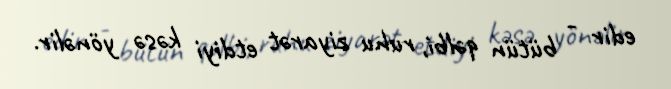
edir - bütün qəlbi, ruhu ziyarət etdiyi kəsə yönəlir.